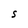
Character: S